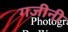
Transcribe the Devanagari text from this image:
गजीनी